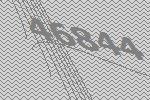
46844